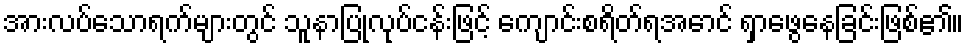
အားလပ်သောရက်များတွင် သူနာပြုလုပ်ငန်းဖြင့် ကျောင်းစရိတ်ရအောင် ရှာဖွေနေခြင်းဖြစ်၏။